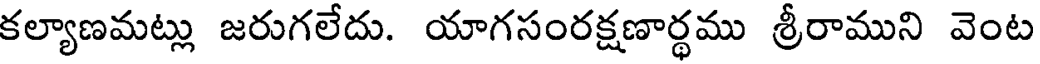
కల్యాణమట్లు జరుగలేదు. యాగసంరక్షణార్థము శ్రీరాముని వెంట